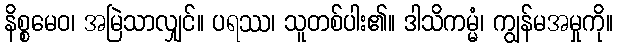
နိစ္စမေဝ၊ အမြဲသာလျှင်။ ပရဿ၊ သူတစ်ပါး၏။ ဒါသိကမ္မံ၊ ကျွန်မအမှုကို။